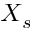
X _ { s }